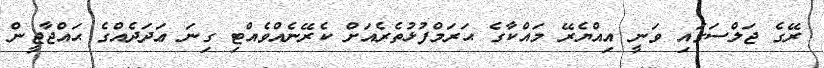
ރޭގެ ޖަލްސަގައި ވަނީ އިއްޔެރޭ މައްކާގެ ޙަރަމްފުޅުތެރެއަށް ކެރޭނެއްވެއްޓި ގިނަ ޢަދަދެއްގެ ޙައްޖާޖީން